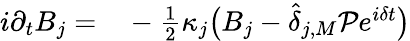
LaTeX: \begin{array}{rl}{i\partial_{t}B_{j}=}&{{}-\frac{1}{2}\kappa_{j}\big(B_{j}-\widehat\delta_{j,M}{\cal P}e^{i\delta t}\big)}\end{array}